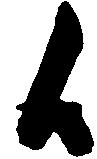
候